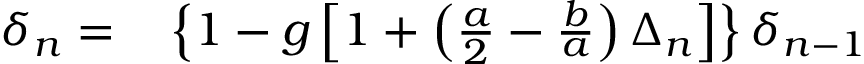
\begin{array} { r l } { \delta _ { n } = } & { { } \left\{ 1 - g \left[ 1 + \left( \frac { a } { 2 } - \frac { b } { a } \right) \Delta _ { n } \right] \right\} \delta _ { n - 1 } } \end{array}